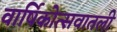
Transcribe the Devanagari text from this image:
वार्षिकोत्सवातली